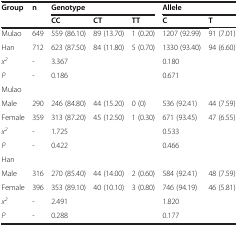
<table><thead><tr><td rowspan="2"><b>Group</b></td><td rowspan="2"><b>n</b></td><td colspan="3"><b>Genotype</b></td><td colspan="2"><b>Allele</b></td></tr><tr><td><b>CC</b></td><td><b>CT</b></td><td><b>TT</b></td><td><b>C</b></td><td><b>T</b></td></tr></thead><tbody><tr><td>Mulao</td><td>649</td><td>559 (86.10)</td><td>89 (13.70)</td><td>1 (0.20)</td><td>1207 (92.99)</td><td>91 (7.01)</td></tr><tr><td>Han</td><td>712</td><td>623 (87.50)</td><td>84 (11.80)</td><td>5 (0.70)</td><td>1330 (93.40)</td><td>94 (6.60)</td></tr><tr><td><i>x</i><sup><i>2</i></sup></td><td>-</td><td colspan="3">3.367</td><td colspan="2">0.180</td></tr><tr><td><i>P</i></td><td>-</td><td colspan="3">0.186</td><td colspan="2">0.671</td></tr><tr><td>Mulao</td><td> </td><td colspan="3"> </td><td colspan="2"> </td></tr><tr><td>Male</td><td>290</td><td>246 (84.80)</td><td>44 (15.20)</td><td>0 (0)</td><td>536 (92.41)</td><td>44 (7.59)</td></tr><tr><td>Female</td><td>359</td><td>313 (87.20)</td><td>45 (12.50)</td><td>1 (0.30)</td><td>671 (93.45)</td><td>47 (6.55)</td></tr><tr><td><i>x</i><sup><i>2</i></sup></td><td>-</td><td colspan="3">1.725</td><td colspan="2">0.533</td></tr><tr><td><i>P</i></td><td>-</td><td colspan="3">0.422</td><td colspan="2">0.466</td></tr><tr><td>Han</td><td> </td><td colspan="3"> </td><td colspan="2"> </td></tr><tr><td>Male</td><td>316</td><td>270 (85.40)</td><td>44 (14.00)</td><td>2 (0.60)</td><td>584 (92.41)</td><td>48 (7.59)</td></tr><tr><td>Female</td><td>396</td><td>353 (89.10)</td><td>40 (10.10)</td><td>3 (0.80)</td><td>746 (94.19)</td><td>46 (5.81)</td></tr><tr><td><i>x</i><sup><i>2</i></sup></td><td>-</td><td colspan="3">2.491</td><td colspan="2">1.820</td></tr><tr><td><i>P</i></td><td>-</td><td colspan="3">0.288</td><td colspan="2">0.177</td></tr></tbody></table>